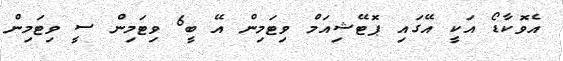
އެވޮކާޑޯ އަކީ އޭގައި ޕޮޓޭޝިއަމް ވިޓަމިން އޭ ބީ6 ވިޓަމިން ސީ ވިޓަމިން